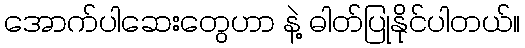
အောက်ပါဆေးတွေဟာ နဲ့ ဓါတ်ပြုနိုင်ပါတယ်။